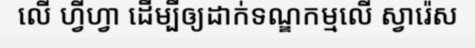
លើ ហ្វីហ្វា ដើម្បីឲ្យដាក់ទណ្ឌកម្មលើ ស្វារ៉េស